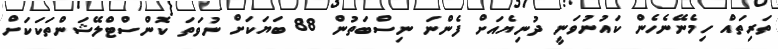
ތަރިތައް ހިމެނޭނެހެން ކައުނުވަނީ ދުނިޔެއަށް ފެންނަ ނިސްބަތުން 88 ބަޔަކަށް ނުވަތަ ކޮންސްޓްލޭޝަންތަކަކަށް